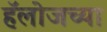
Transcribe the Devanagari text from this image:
हॅलोजच्या